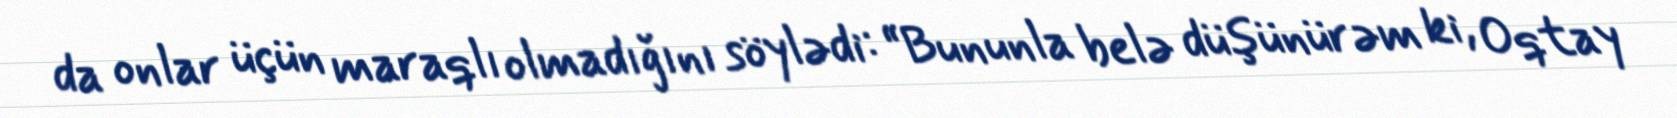
da onlar üçün maraqlı olmadığını söylədi: “Bununla belə düşünürəm ki, Oqtay